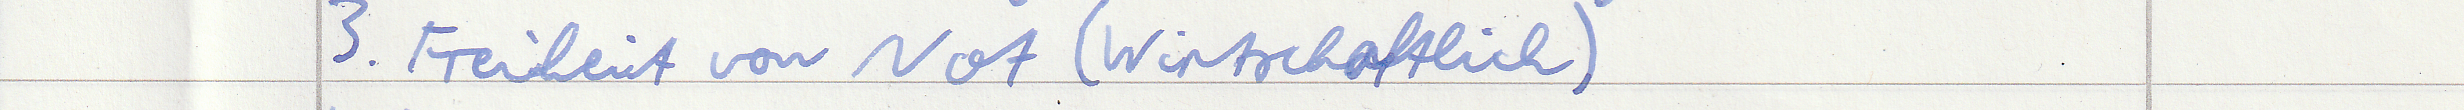
3. Freiheit von Not (Wirtschaftlich)